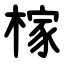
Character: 榢